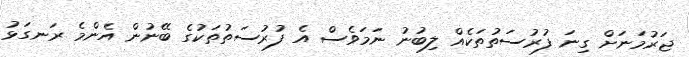
ޖަރުމަނަށް ގިނަ ފުރުސަތުތަކެއް ލިބުނު ނަމަވެސް އެ ފުރުސަތުތަކުގެ ބޭނުން އެންމެ ރަނގަޅު